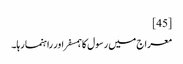
[45]
معراج میں رسول کا ہمسفر اور راہنما رہا۔